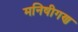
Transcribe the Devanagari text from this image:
मनिषीगण